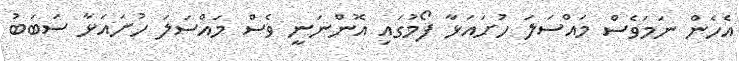
އެހެން ނަމަވެސް މައްސަލަ ހުށައަޅާ ފޯމުގައި އޮންނަނީ ވެސް މައްސަލަ ހުށައަޅާ ސަބަބު